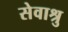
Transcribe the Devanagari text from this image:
सेवाश्रु